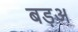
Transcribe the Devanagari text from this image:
बड़अ